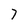
Character: 7